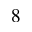
8